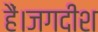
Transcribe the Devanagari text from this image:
हैं।जगदीश